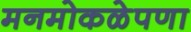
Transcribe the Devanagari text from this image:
मनमोकळेपणा